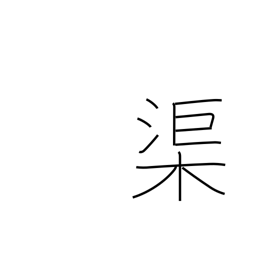
Meaning: canal